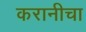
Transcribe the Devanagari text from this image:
करानीचा